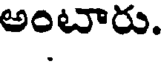
అంటారు.